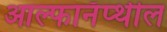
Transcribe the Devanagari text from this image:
आल्फानॅप्थील